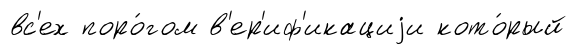
вс'ех поро́гом в'ер'иф'икациjи кото́рый